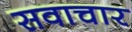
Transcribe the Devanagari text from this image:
सवाचार